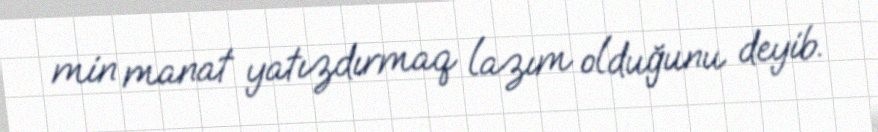
min manat yatızdırmaq lazım olduğunu deyib.